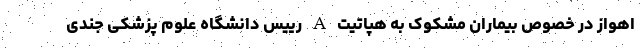
اهواز در خصوص بیماران مشکوک به هپاتیت A رییس دانشگاه علوم پزشکی جندی